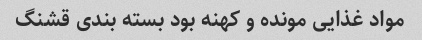
مواد غذایی مونده و کهنه بود بسته بندی قشنگ